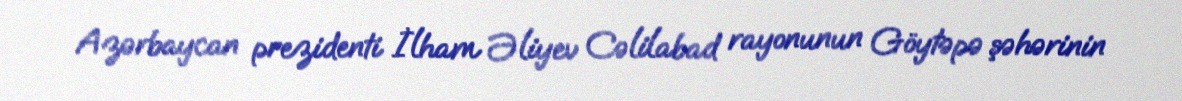
Azərbaycan prezidenti İlham Əliyev Cəlilabad rayonunun Göytəpə şəhərinin